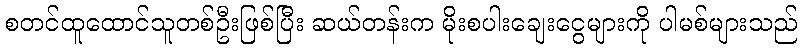
စတင်ထူထောင်သူတစ်ဦးဖြစ်ပြီး ဆယ်တန်းက မိုးစပါးချေးငွေများကို ပါမစ်များသည်